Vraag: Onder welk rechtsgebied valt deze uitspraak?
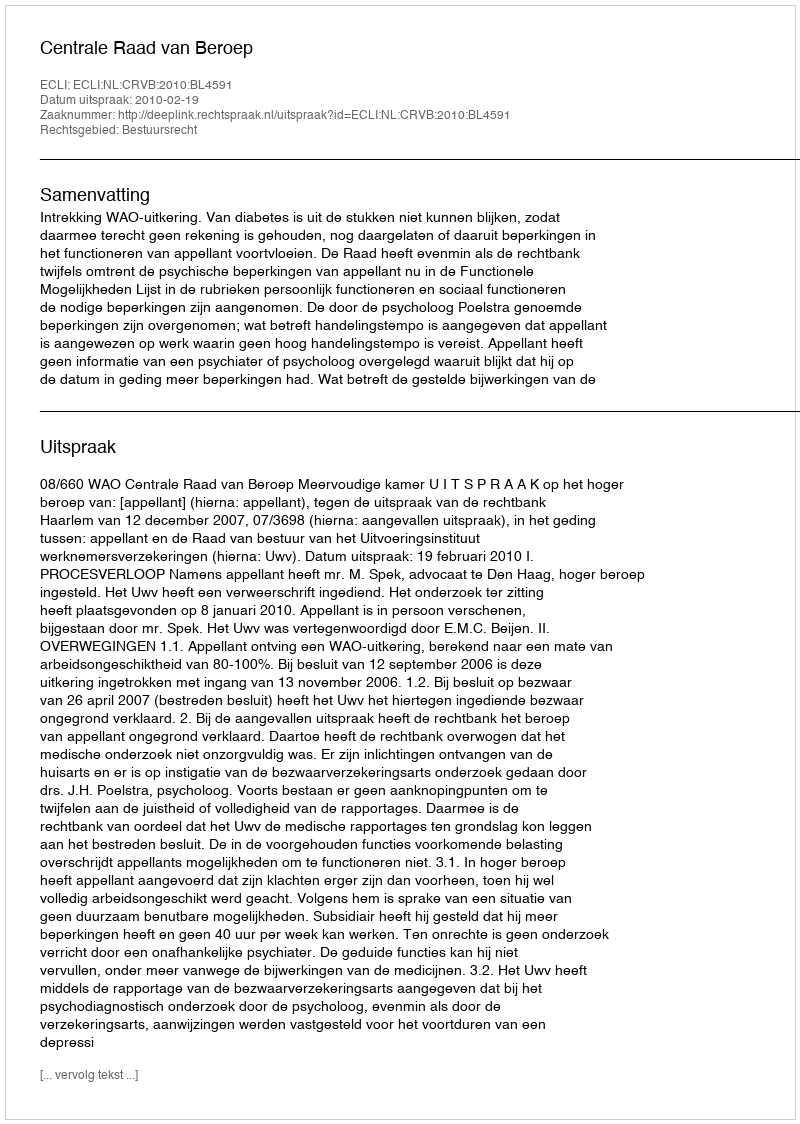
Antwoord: Bestuursrecht